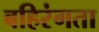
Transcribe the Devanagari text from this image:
बहिरंगता